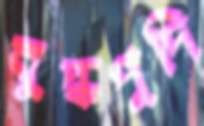
বুদ্ধপুদি